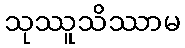
သုဿူသိဿာမ